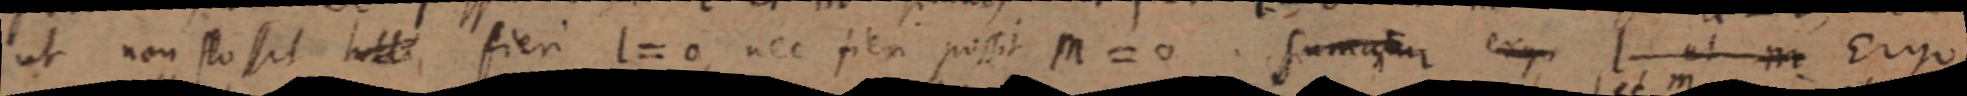
ut non possit _, fieri l = 0, nec fieri possit M = 0. sumatur ergo l ut m Ergo